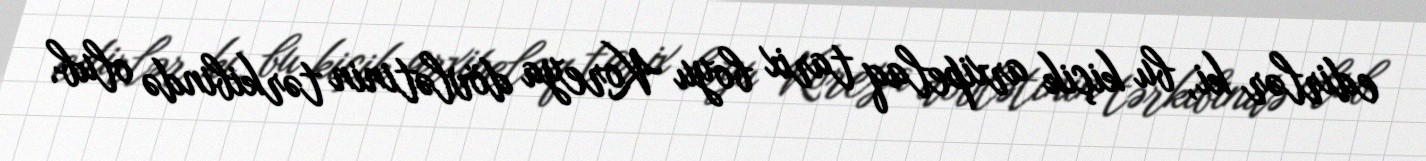
edirlər ki, bu kiçik arxipelaq tarix boyu Koreya dövlətinin tərkibində olub.